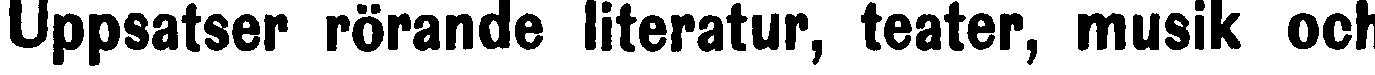
Uppsatser rörande literatur, teater, musik och